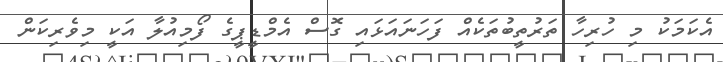
އެކަމަކު މި ހުރިހާ ތަރުތީބުތަކެއް ފަހަނައަޅައި ގޮސް އެމްޑީޕީގެ ފޯމިއުލާ އަކީ މިވެރިކަން